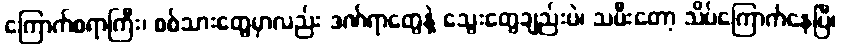
ကြောက်စရာကြီး၊ စစ်သားတွေမှာလည်း ဒဏ်ရာတွေနဲ့ သွေးတွေချည်းပဲ၊ သမီးတော့ သိပ်ကြောက်နေပြီ၊